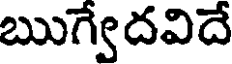
ఋగ్వేదవిదే